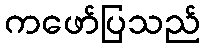
ကဖော်ပြသည်